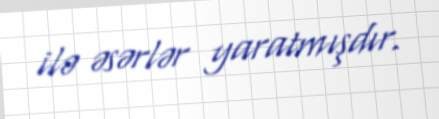
ilə əsərlər yaratmışdır.